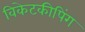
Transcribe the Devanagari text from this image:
विकेटकीपिंग